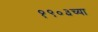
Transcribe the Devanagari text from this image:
१९०३च्या